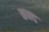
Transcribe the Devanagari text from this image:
कन्‍द